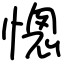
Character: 憁